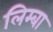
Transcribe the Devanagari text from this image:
लिम्बा